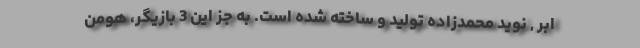
ابر , نوید محمدزاده تولید و ساخته شده است. به جز این 3 بازیگر، هومن